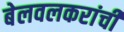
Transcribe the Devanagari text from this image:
बेलवलकरांची